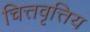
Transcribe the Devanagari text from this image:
चित्तवृत्तिय